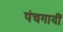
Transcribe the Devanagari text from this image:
पंचगायीं